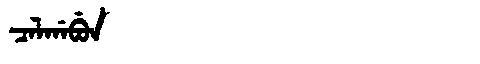
Manchu: ᠴᠠᠯᡤᠠᠪᡠᠨ
Romanization: CALGABUN